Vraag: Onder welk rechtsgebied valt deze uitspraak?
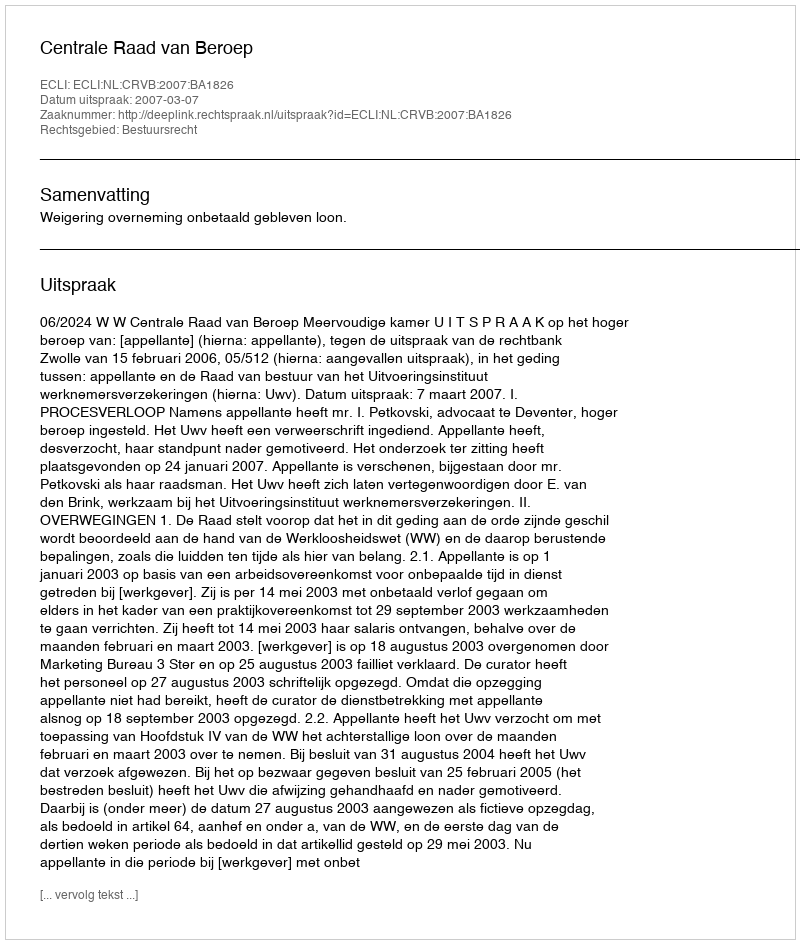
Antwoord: Bestuursrecht